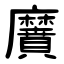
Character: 黂